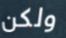
ولكن